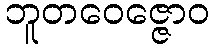
ဘူတဝေဇ္ဇောဝ